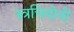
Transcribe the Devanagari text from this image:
स्त्रचियोनी